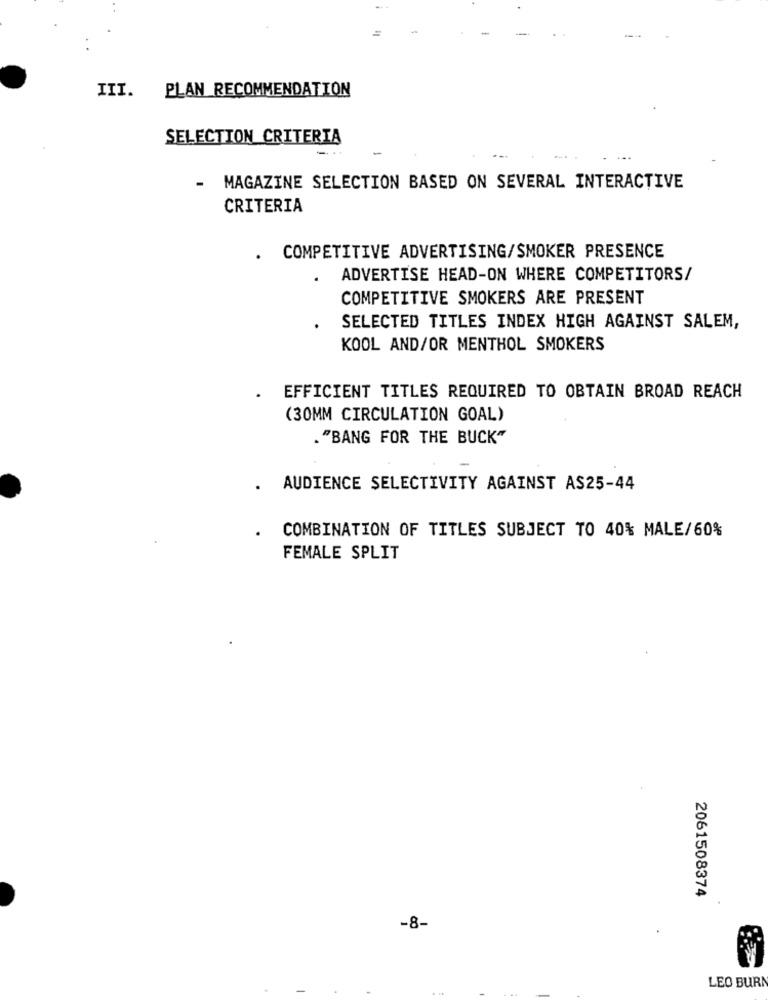
--
III.
PLAN RECOMMENDATION
SELECTION CRITERIA
-
- MAGAZINE SELECTION BASED ON SEVERAL INTERACTIVE
CRITERIA
. COMPETITIVE ADVERTISING/SMOKER PRESENCE
ADVERTISE HEAD-ON WHERE COMPETITORS/
COMPETITIVE SMOKERS ARE PRESENT
SELECTED TITLES INDEX HIGH AGAINST SALEM,
KOOL AND/OR MENTHOL SMOKERS
EFFICIENT TITLES REQUIRED TO OBTAIN BROAD REACH
(30MM CIRCULATION GOAL)
. "BANG FOR THE BUCK"
. AUDIENCE SELECTIVITY AGAINST AS25-44
COMBINATION OF TITLES SUBJECT TO 40% MALE/60%
FEMALE SPLIT
2061508374
-8-
-
LEO BURN